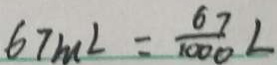
6 7 m L = \frac { 6 7 } { 1 0 0 0 } L